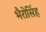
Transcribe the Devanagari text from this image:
भैरोसिंह